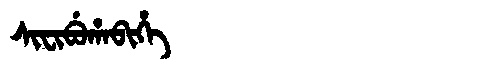
Manchu: ᠰᡳᠸᡳᠪᡠᡥᠠᠪᡳᡥᡝ
Romanization: SIFIBUHABIHE